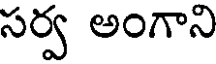
సర్వ అంగాని